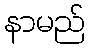
နာမည်